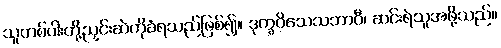
သူတစ်ပါးတို့ညှင်းဆဲကိုခံရသည်ဖြစ်၍။ ဒုက္ခဝိသေသဘာဝီ၊ ဆင်းရဲသူအဖို့သည်။